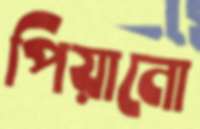
পিয়ানো